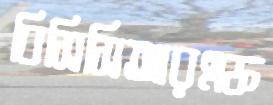
বিসিসিআরএফ